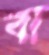
বা